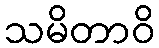
သမိတာဝိ